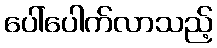
ပေါ်ပေါက်လာသည့်